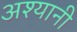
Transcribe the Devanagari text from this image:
अश्यानी